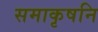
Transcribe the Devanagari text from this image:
समाकृषनि